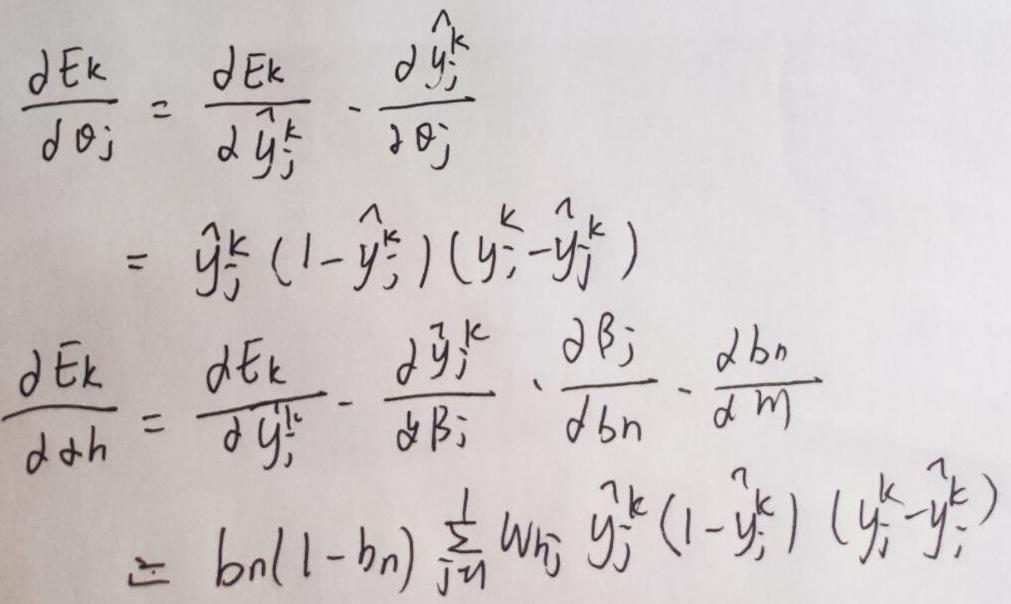
\[
\begin{align*}
\frac{\partial E^k}{\partial \theta_j} &= \frac{\partial E^k}{\partial \hat{y}_j^k} \cdot \frac{\partial \hat{y}_j^k}{\partial \theta_j}\\
&= \hat{y}_j^k (1 - \hat{y}_j^k) (y_j^k - \hat{y}_j^k)\\
\frac{\partial E^k}{\partial \alpha_h} &= \frac{\partial E^k}{\partial \hat{y}_j^k} \cdot \frac{\partial \hat{y}_j^k}{\partial \beta_j} \cdot \frac{\partial \beta_j}{\partial b_n} \cdot \frac{\partial b_n}{\partial \alpha_h}\\
&= b_n(1 - b_n) \sum_{j=1}^{l} w_{hj} \hat{y}_j^k (1 - \hat{y}_j^k) (y_j^k - \hat{y}_j^k)
\end{align*}
\]